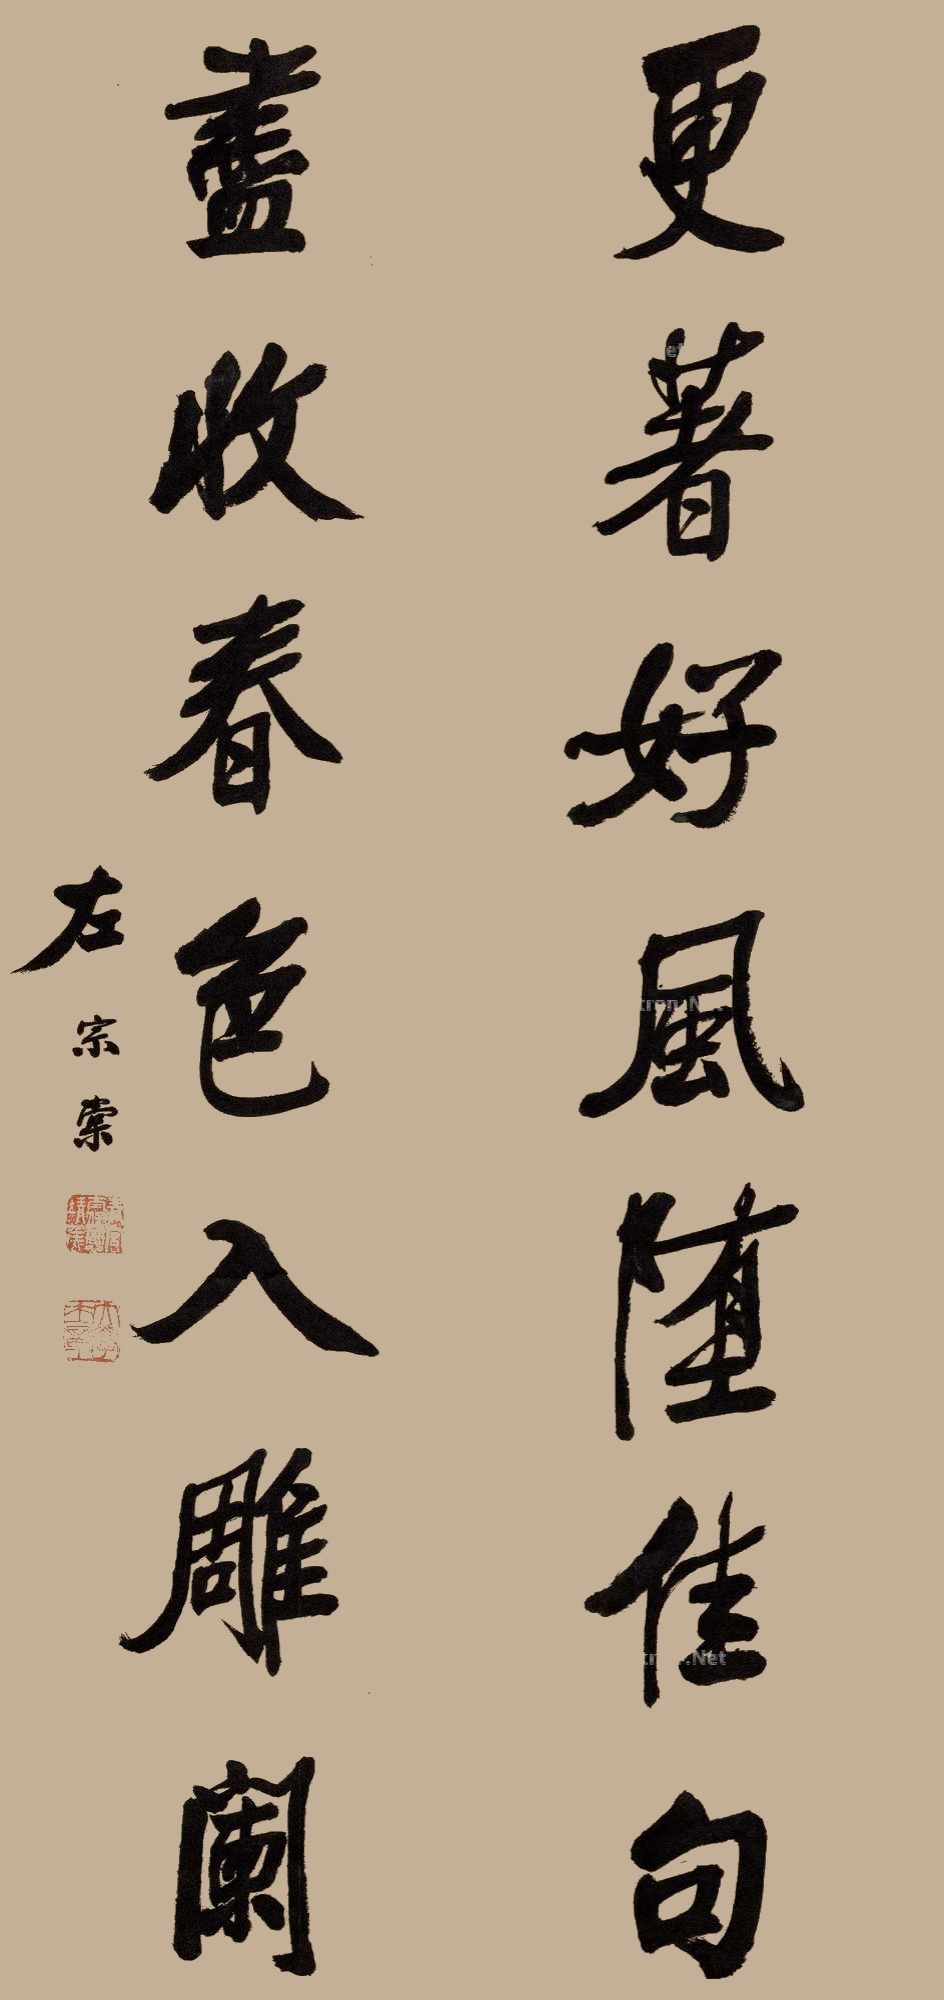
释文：更着好风坠佳句，尽收春色入雕阑。左宗棠